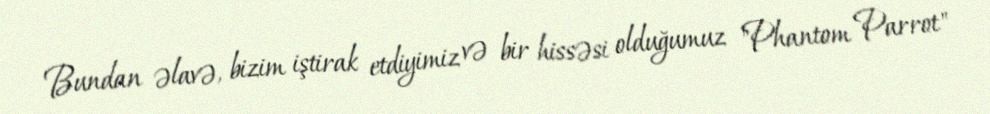
Bundan əlavə, bizim iştirak etdiyimiz və bir hissəsi olduğumuz "Phantom Parrot"